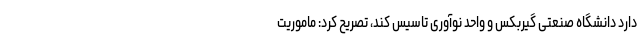
دارد دانشگاه صنعتی گیربکس و واحد نوآوری تاسیس کند، تصریح کرد: ماموریت